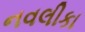
નવલીકા